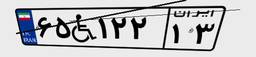
۶۵W۱۲۲۱۳